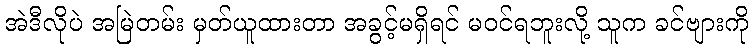
အဲဒီလိုပဲ အမြဲတမ်း မှတ်ယူထားတာ အခွင့်မရှိရင် မဝင်ရဘူးလို့ သူက ခင်ဗျားကို